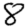
Digit: 8